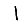
Digit: 1